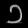
Digit: ၁